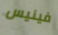
فينيس